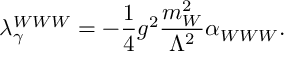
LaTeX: \lambda _ { \gamma } ^ { W W W } = - \frac 1 4 g ^ { 2 } \frac { m _ { W } ^ { 2 } } { \Lambda ^ { 2 } } \alpha _ { W W W } .